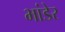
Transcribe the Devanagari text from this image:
भांडेर